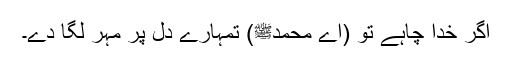
اگر خدا چاہے تو (اے محمدﷺ) تمہارے دل پر مہر لگا دے۔